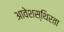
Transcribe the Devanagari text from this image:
आवेशस्थिरता